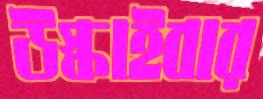
উস্‌কাইবার